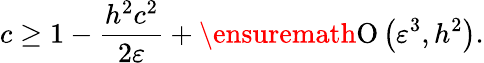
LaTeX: c\geq 1-\frac{h^{2}c^{2}}{2\varepsilon}+\ensuremath{\operatorname{O}\left(\varepsilon^{3},h^{2}\right)}.